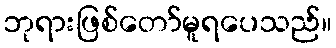
ဘုရားဖြစ်တော်မူရပေသည်။